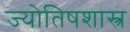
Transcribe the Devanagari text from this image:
ज्याेतिषशास्त्र